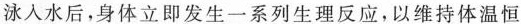
泳入水后，身体立即发生一系列生理反应，以维持体温恒